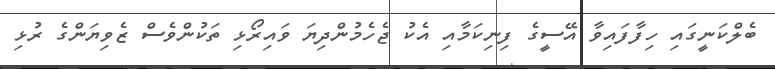
ބެލްކަނީގައި ހިފާފައިވާ އޭސީގެ ފިނިކަމާއި އެކު ޖެހެމުންދިޔަ ވައިރޯޅި ތަކުންވެސް ޒެވިޔަންގެ ރުޅި